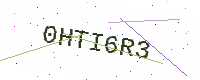
Text: 0HTI6R3